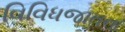
વિવિધજાતના